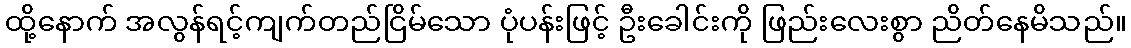
ထို့နောက် အလွန်ရင့်ကျက်တည်ငြိမ်သော ပုံပန်းဖြင့် ဦးခေါင်းကို ဖြည်းလေးစွာ ညိတ်နေမိသည်။